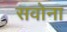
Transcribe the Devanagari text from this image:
सवोना